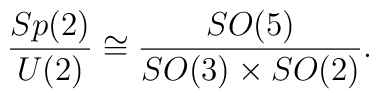
{Sp(2)\over U(2)}\cong {SO(5)\over SO(3)\times SO(2)}.